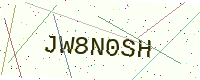
Text: JW8N0SH